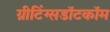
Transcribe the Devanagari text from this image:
ग्रीटिंग्सडॉटकॉम